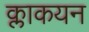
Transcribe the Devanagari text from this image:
क्लाकयन